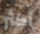
أكثر